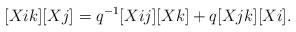
LaTeX: \begin{align*} [Xik][Xj]=q^{-1}[Xij][Xk]+q[Xjk][Xi]. \end{align*}